Reports on military cantonments and civil stations in the Presidency of Bombay inspected by the Sanitary Commissioner in the years 1875 and 1876
Year: 1875
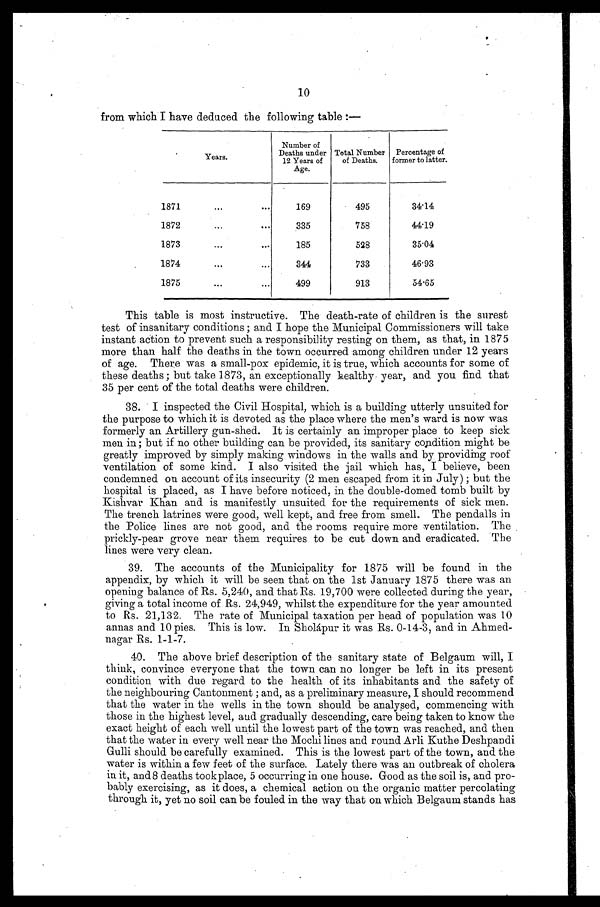
10
from which I have deduced the following table:—
Years.
Number of
Deaths under
12 Years of
Age.
Total Number
of Deaths.
Percentage of
former to latter.
1871 . . .
169
495
34.14
1872 . . .
335
758
44.19
1873 . . .
185
528
35.04
1874 . . .
344
733
46.93
1875 . . .
499
913
54.65
This table is most instructive. The death-rate of children is the surest
test of insanitary conditions; and I hope the Municipal Commissioners will take
instant action to prevent such a responsibility resting on them, as that, in 1875
more than half the deaths in the town occurred among children under 12 years
of age. There was a small-pox epidemic, it is true, which accounts for some of
these deaths; but take 1873, an exceptionally healthy year, and you find that
35 per cent of the total deaths were children.
38. I inspected the Civil Hospital, which is a building utterly unsuited for
the purpose to which it is devoted as the place where the men's ward is now was
formerly an Artillery gun-shed. It is certainly an improper place to keep sick
men in; but if no other building can be provided, its sanitary condition might be
greatly improved by simply making windows in the walls and by providing roof
ventilation of some kind. I also visited the jail which has, I believe, been
condemned on account of its insecurity (2 men escaped from it in July); but the
hospital is placed, as I have before noticed, in the double-domed tomb built by
Kishvar Khan and is manifestly unsuited for the requirements of sick men.
The trench latrines were good, well kept, and free from smell. The pendalls in
the Police lines are not good, and the rooms require more ventilation. The
prickly-pear grove near them requires to be cut down and eradicated. The
lines were very clean.
39. The accounts of the Municipality for 1875 will be found in the
appendix, by which it will be seen that on the 1st January 1875 there was an
opening balance of Rs. 5,240, and that Rs. 19,700 were collected during the year,
giving a total income of Rs. 24,949, whilst the expenditure for the year amounted
to Rs. 21,132. The rate of Municipal taxation per head of population was 10
annas and 10 pies. This is low. In Sholápur it was Rs. 0-14-3, and in Ahmed
-nagar Rs. 1-1-7.
40. The above brief description of the sanitary state of Belgaum will, I
think, convince everyone that the town can no longer be left in its present
condition with due regard to the health of its inhabitants and the safety of
the neighbouring Cantonment; and, as a preliminary measure, I should recommend
that the water in the wells in the town should be analysed, commencing with
those in the highest level, and gradually descending, care being taken to know the
exact height of each well until the lowest part of the town was reached, and then
that the water in every well near the Mochi lines and round Arli Kuthe Deshpandi
Gulli should be carefully examined. This is the lowest part of the town, and the
water is within a few feet of the surface. Lately there was an outbreak of cholera
in it, and8 deaths took place, 5 occurring in one house. Good as the soil is, and pro
-bably exercising, as it does, a chemical action on the organic matter percolating
through it, yet no soil can be fouled in the way that on which Belgaum stands has